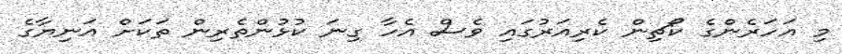
މި އަހަރެންގެ ކޯޗިން ކެރިއަރުގައި ވެސް އެހާ ގިނަ ކުޅުންތެރިން ތަކަށް އަނިޔާގެ